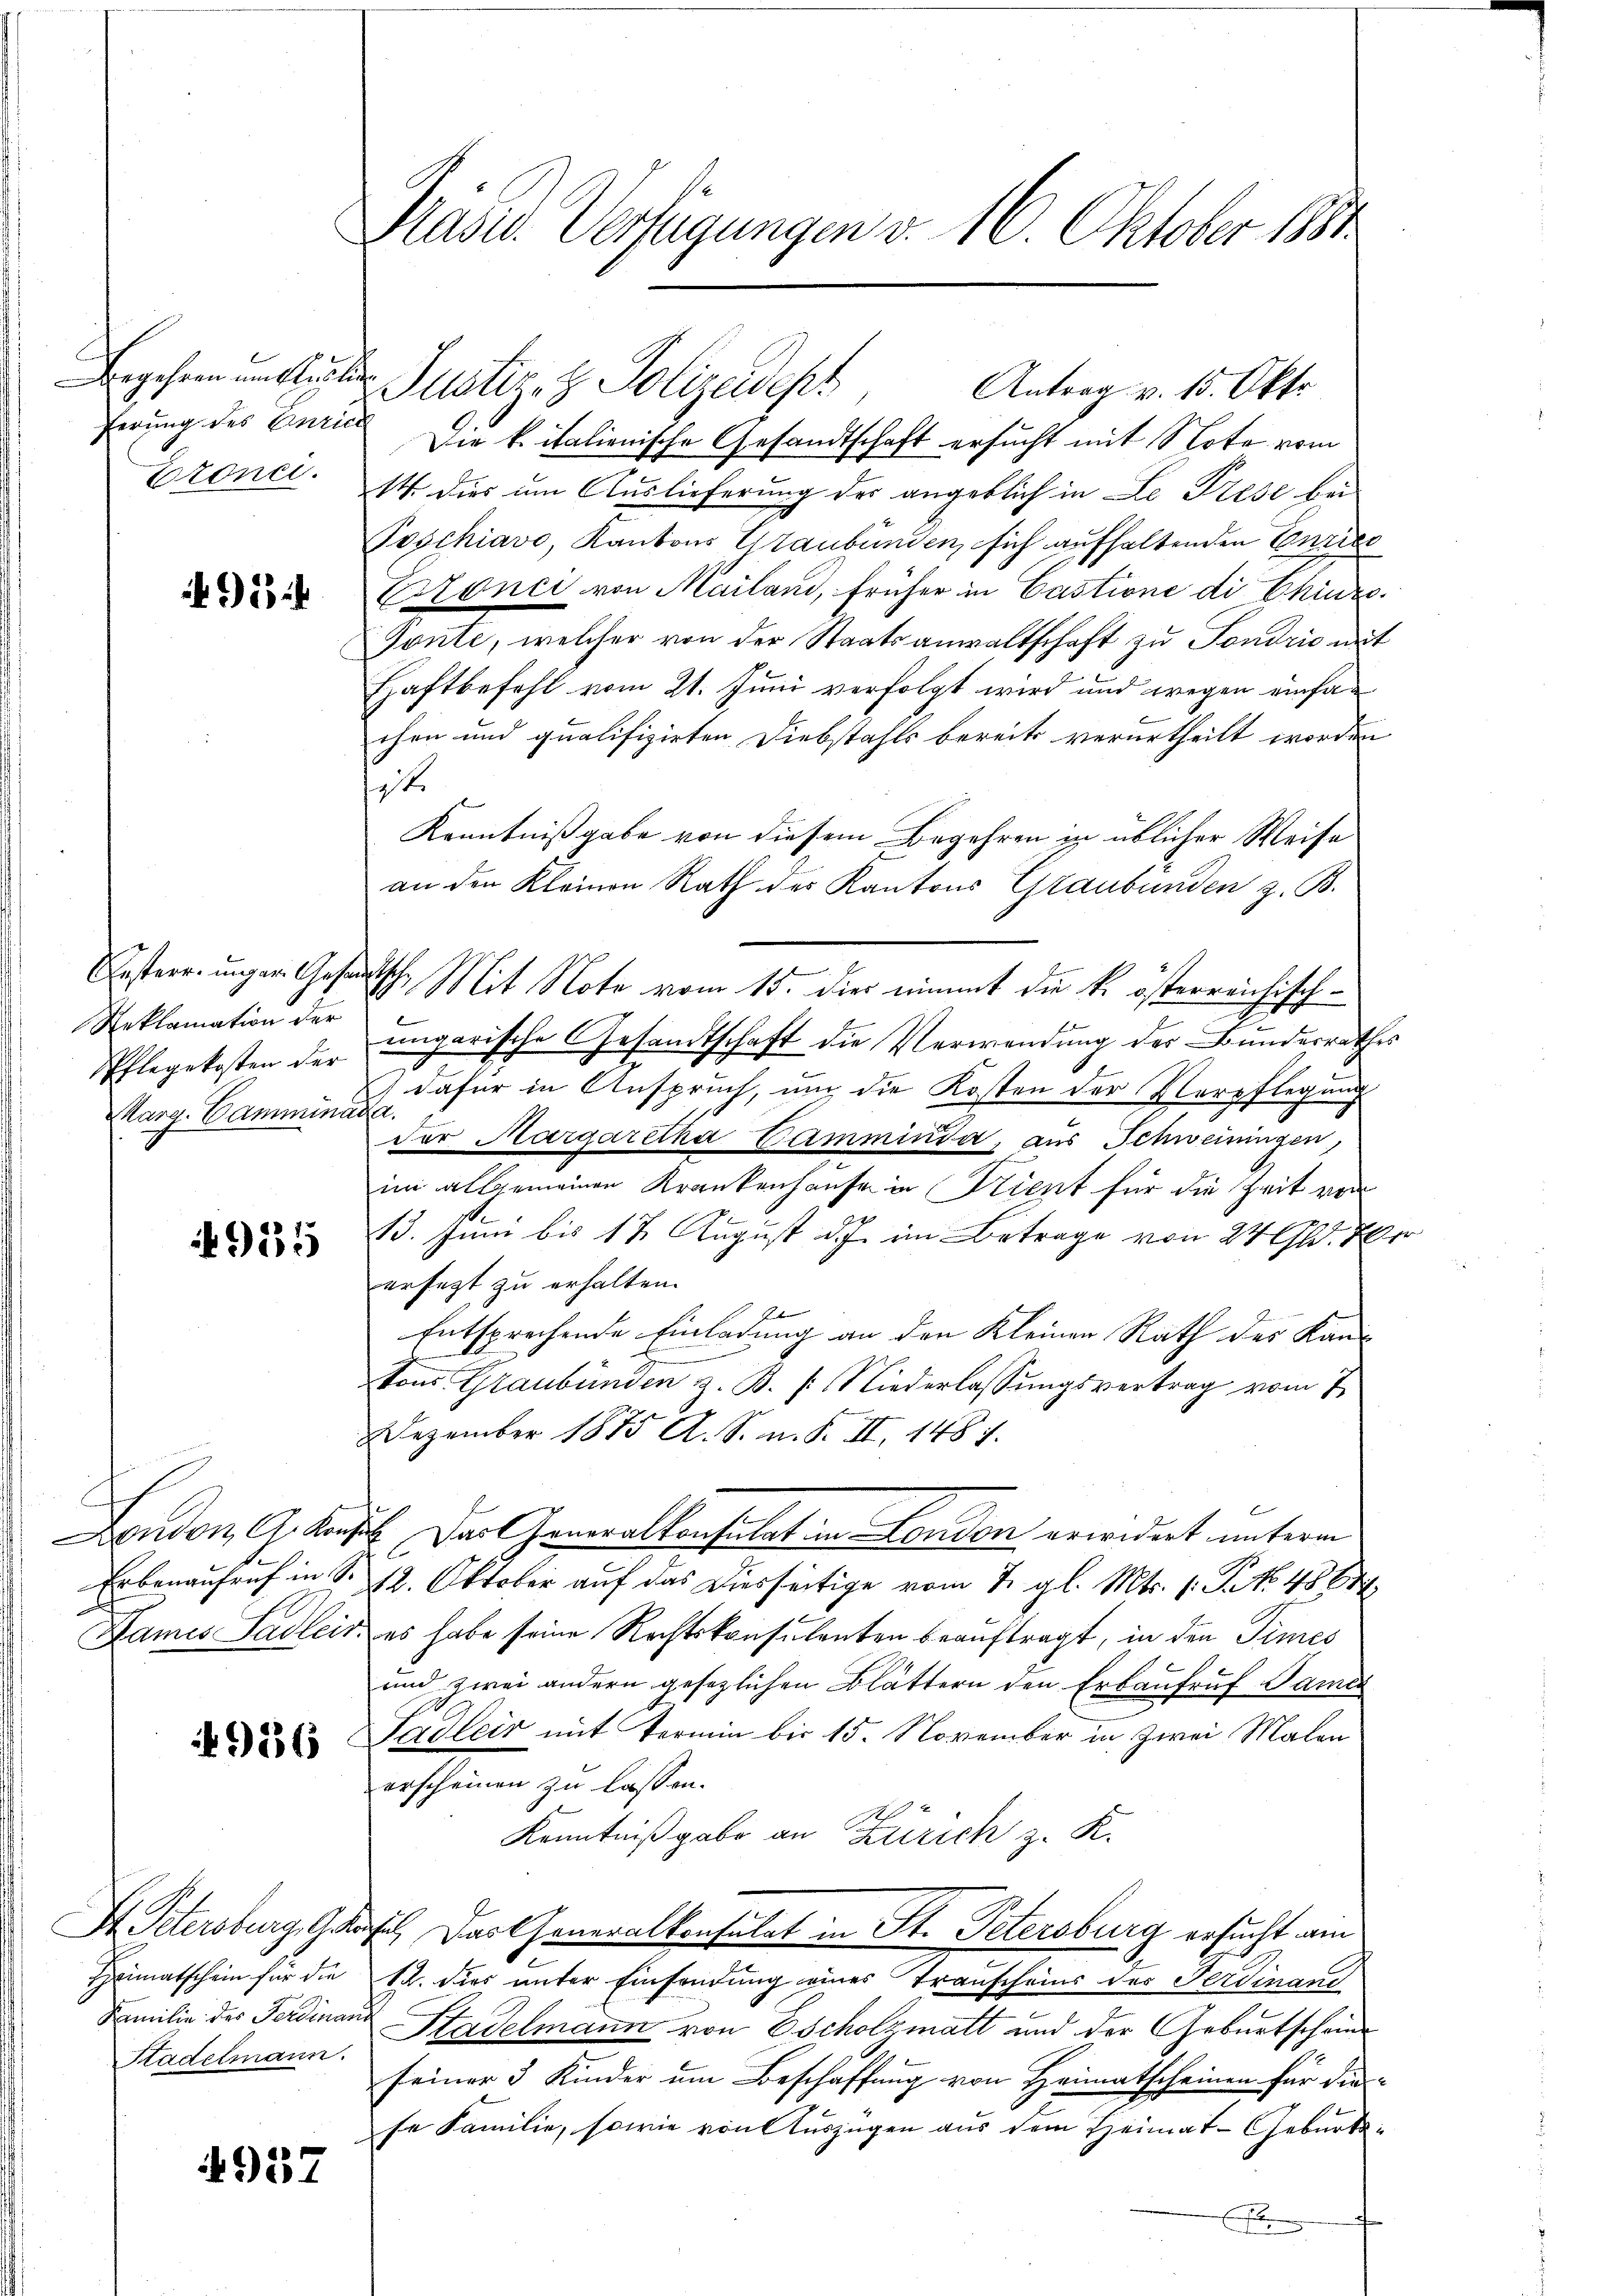
Begehren umklectiferung des Curic
Eronci

Ersterr. unger Gesand¬
Reklamation der
Pflegekosten der
Marg. Camminar

955

.

London, A. Konfe
Erbenaufruf in S.
Dames Sadleis

936

I. Petersburg Gar
Heimatschein für die
Familie des Ferdinar
Stadelmann.

4937

Käser Vertigungen v. 16 Oktober 1890

Justiz- & Polizeidept
Die k. italienische Gesandtschaft ersucht mit Note vom
14. dies um Auslieferung der angeblich in Le Trese bei
Poschiavo Kantons Graubünden, sich aufhaltenden Curie
Ezonci von Mailand, früher in Castione di Chinz
Tonte, welcher von der Staatsanwaltschaft zu Fondrio mit
Haftbefehl vom 21. Juni verfolgt wird und wegen einfan
chen und qualifizirten Diebstahls bereits verurtheilt worden
siste
Kenntnißgabe von diesem Begehren in üblicher Weise
an den Kleinen Rath der Kantons Graubünden z. B.
Ich. Mit Note vom 15. dies nimmt die k. österreichischungarische Gesandtschaft die Verwendung der Bundesrathes
dafür in Anspruch, um die Kosten der Verpflegung
.
dor Margaretha Cammenda, aus Schweiningen,
im allgemeinen Krankenhause in Trient für die Zeit vor
13. Juni bis 17 August d. h. im Betrage von 24 Gld. Wer
erfetzt zu erhalten.
Entsprechende Einladung an den Kleinen Rath der Kantons Graubünden z. B. P. Niederlassungsvertrag vom 7.
Dezember 1875 A. S. n. F. II, 148 f.
E. Das Generalkonsulat in London erwidert unterm
12. Oktober auf das Diesseitige vom 7. gl. Mts. 1. P. No. 486.
es habe seine Rechtskonsulenten beauftragt, in den Times
und zwei andern gesezlichen Blättern den Erbaufruf Same
Sadler mit Termin bis 15. November in Zwei Malen
erscheinen zu lassen.
Kenntnißgabe an Zürich z. K.
E Dartheneralkonsulat in St. Petersburg ersucht am
12. dies unter Einsendung eines Trauscheins des Ferdinand
Stadelmann von Escholzmatt und der Geburtscheine
seiner 5 Kinder um Beschaffung von Heimatscheinen für die-
se Familie, sowie von Auszügen aus dem Heimat- Geburta¬
.

Antrag v. 15. Okto